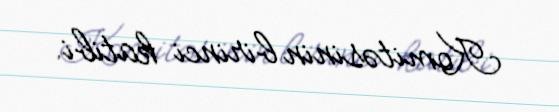
Komitəsinin birinci katibi.